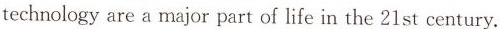
technologyare a major part of life in the 21st century.